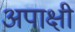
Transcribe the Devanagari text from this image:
अपाक्षी